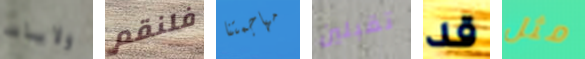
ولايات فلنقم مهاجمتنا تقبلين قد مثل